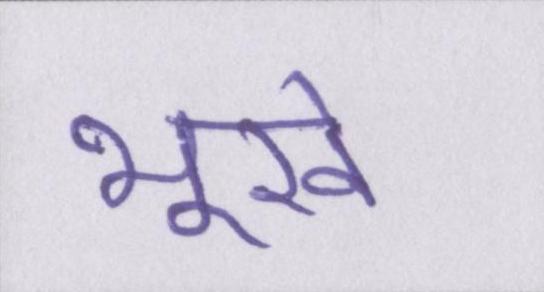
भूखे